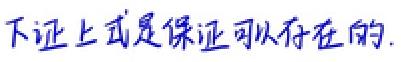
下证上式是保证可以存在的.